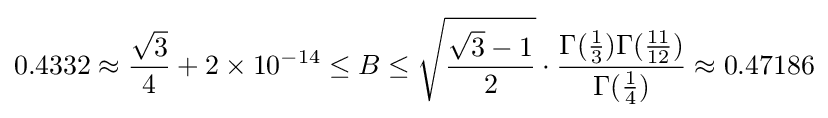
0.4332\approx {\frac {\sqrt {3}}{4}}+2\times 10^{-14}\leq B\leq {\sqrt {\frac {{\sqrt {3}}-1}{2}}}\cdot {\frac {\Gamma ({\frac {1}{3}})\Gamma ({\frac {11}{12}})}{\Gamma ({\frac {1}{4}})}}\approx 0.47186